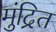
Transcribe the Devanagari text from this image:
मुंद्रित